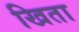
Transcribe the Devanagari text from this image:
खिता